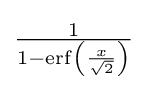
{\tfrac {1}{1-\operatorname {erf} \left({\frac {x}{\sqrt {2}}}\right)}}